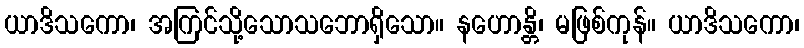
ယာဒိသကော၊ အကြင်သို့သောသဘောရှိသော။ နဟောန္တိ၊ မဖြစ်ကုန်။ ယာဒိသကော၊